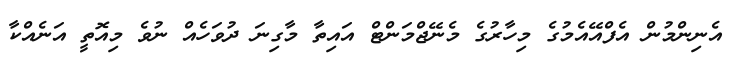
އެނިންމުން އެފްއޭއެމުގެ މިހާރުގެ މެނޭޖްމަންޓް އައިތާ މާގިނަ ދުވަހެއް ނުވެ މިއޮތީ އަނެއްކާ